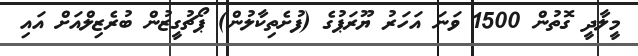
މީލާދީ ގޮތުން 1500 ވަނަ އަހަރު ޔޫރަޕުގެ (ފުށެތިކާލުން) ޕޯޗުގީޒުން ބުރެޒިލްއަށް އައި